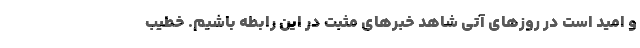
و امید است در روزهای آتی شاهد خبرهای مثبت در این رابطه باشیم. خطیب